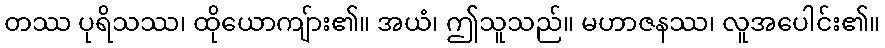
တဿ ပုရိသဿ၊ ထိုယောကျ်ား၏။ အယံ၊ ဤသူသည်။ မဟာဇနဿ၊ လူအပေါင်း၏။